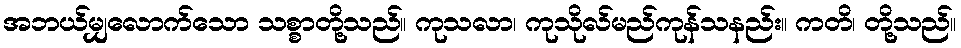
အဘယ်မျှလောက်သော သစ္စာတို့သည်။ ကုသလာ၊ ကုသိုလ်မည်ကုန်သနည်း။ ကတိ၊ တို့သည်။